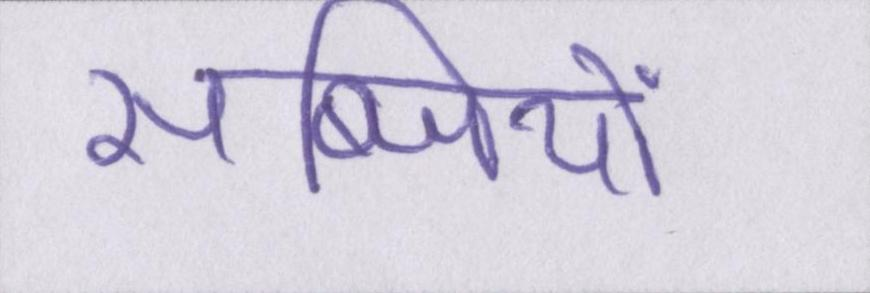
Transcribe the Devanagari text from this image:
सब्जियों